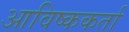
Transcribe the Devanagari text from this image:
आविष्ककर्ता